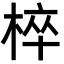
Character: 椊